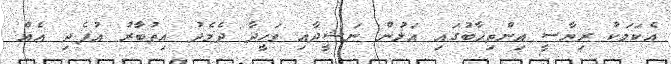
އެކަމަކު ރިޔާސީ އިންތިޚާބުގައި އަލުން ނަޝީދާއި ވަހީދާ ދެމެދު އިތުބާރު އުފެދި އެއް